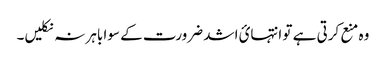
وہ منع کرتی ہے تو انتہائ اشد ضرورت کے سوا باہر نہ نکلیں۔